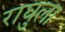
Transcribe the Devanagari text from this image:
राघुला